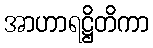
အာဟာရဋ္ဌိတိကာ